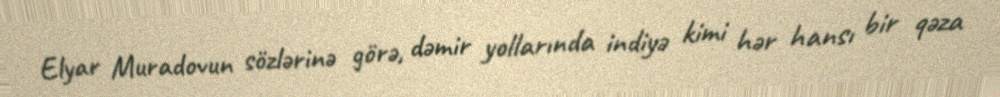
Elyar Muradovun sözlərinə görə, dəmir yollarında indiyə kimi hər hansı bir qəza